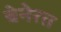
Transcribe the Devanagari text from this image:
चेनेरत